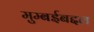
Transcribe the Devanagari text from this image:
मुम्बईबद्दल